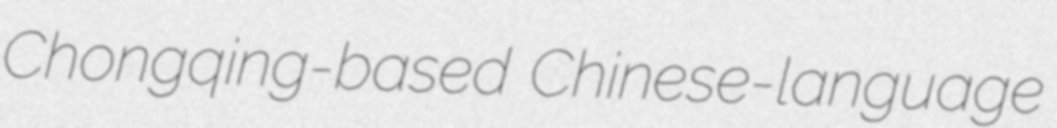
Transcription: Chongqing-based Chinese-language